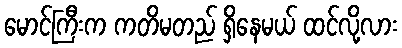
မောင်ကြီးက ကတိမတည် ရှိနေမယ် ထင်လို့လား